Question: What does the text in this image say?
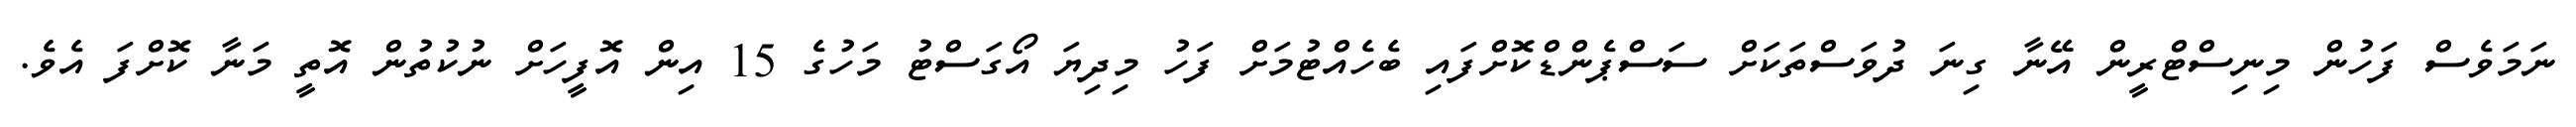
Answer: ނަމަވެސް ފަހުން މިނިސްޓްރީން އޭނާ ގިނަ ދުވަސްތަކަށް ސަސްޕެންޑްކޮށްފައި ބެހެއްޓުމަށް ފަހު މިދިޔަ އޯގަސްޓު މަހުގެ 15 އިން އޮފީހަށް ނުކުތުން އޮތީ މަނާ ކޮށްފަ އެވެ.